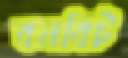
বনবিট